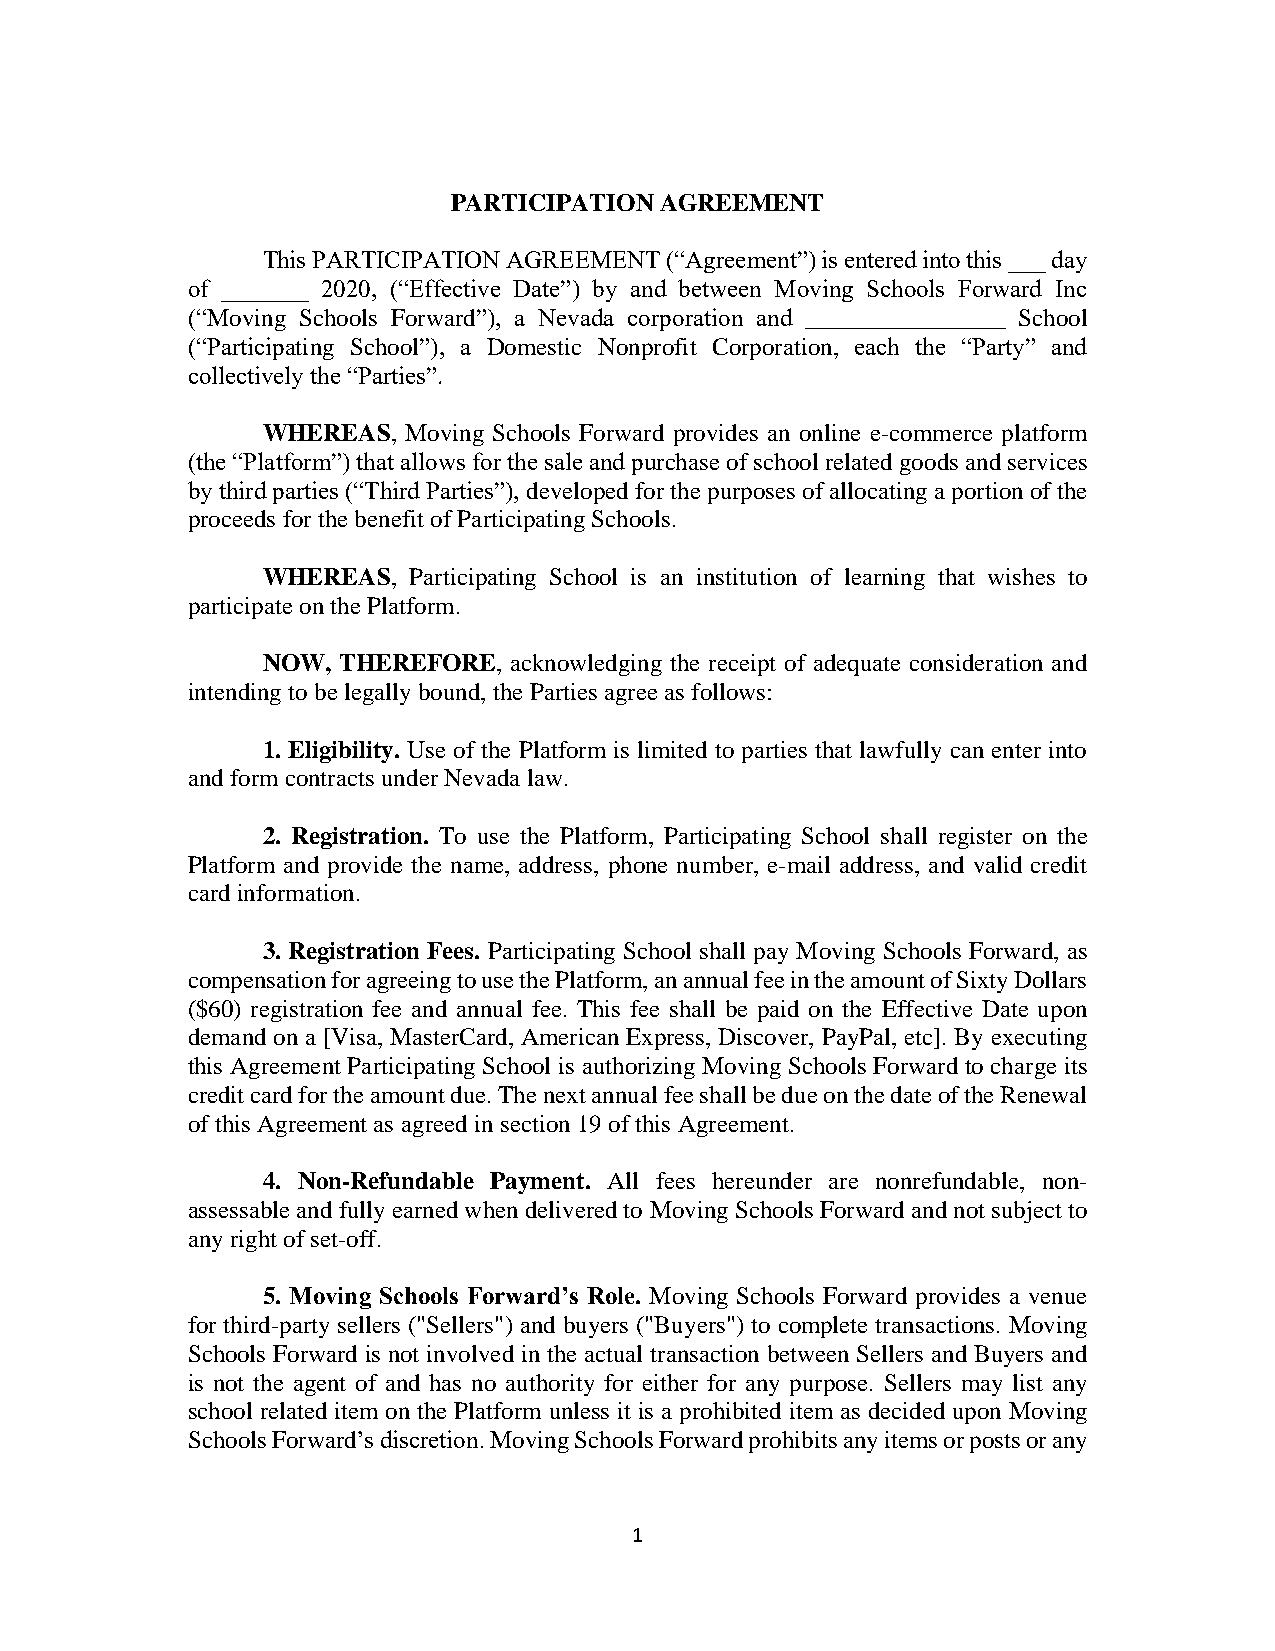
PARTICIPATION AGREEMENT
 This PARTICIPATION AGREEMENT (“Agreement”) is entered into this ___ day
 of _______ 2020, (“Effective Date”) by and between Moving Schools Forward Inc
 (“Moving Schools Forward”), a Nevada corporation and ________________ School
 (“Participating School”), a Domestic Nonprofit Corporation, each the “Party” and
 collectively the “Parties”.
 WHEREAS,  Moving Schools Forward provides an online e-commerce platform
 (the “Platform”) that allows for the sale and purchase of school related goods and services
 by third parties (“Third Parties”), developed for the purposes of allocating a portion of the
 proceeds for the benefit of Participating Schools.
 WHEREAS,  Participating School is an institution of learning that wishes to
 participate on the Platform.
 NOW, THEREFORE,  acknowledging the receipt of adequate consideration and
 intending to be legally bound, the Parties agree as follows:
 1. Eligibility. Use of the Platform is limited to parties that lawfully can enter into
 and form contracts under Nevada law.
 2. Registration. To use the Platform, Participating School shall register on the
 Platform and provide the name, address, phone number, e-mail address, and valid credit
 card information.
 3. Registration Fees. Participating School shall pay Moving Schools Forward, as
 compensation for agreeing to use the Platform, an annual fee in the amount of Sixty Dollars
 ($60) registration fee and annual fee. This fee shall be paid on the Effective Date upon
 demand on a [Visa, MasterCard, American Express, Discover, PayPal, etc]. By executing
 this Agreement Participating School is authorizing Moving Schools Forward to charge its
 credit card for the amount due. The next annual fee shall be due on the date of the Renewal
 of this Agreement as agreed in section 19 of this Agreement.
 4. Non-Refundable Payment. All fees hereunder are nonrefundable, non-
 assessable and fully earned when delivered to Moving Schools Forward and not subject to
 any right of set-off.
 5. Moving Schools Forward’s Role. Moving Schools Forward provides a venue
 for third-party sellers ("Sellers") and buyers ("Buyers") to complete transactions. Moving
 Schools Forward is not involved in the actual transaction between Sellers and Buyers and
 is not the agent of and has no authority for either for any purpose. Sellers may list any
 school related item on the Platform unless it is a prohibited item as decided upon Moving
 Schools Forward’s discretion. Moving Schools Forward prohibits any items or posts or any
 1